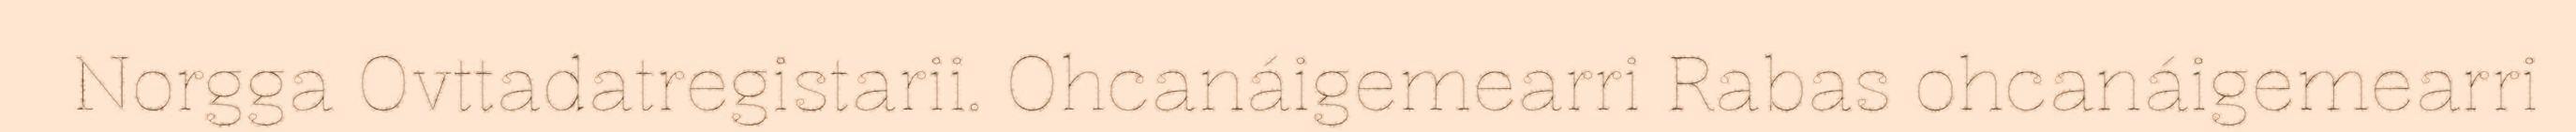
Norgga Ovttadatregistarii. Ohcanáigemearri Rabas ohcanáigemearri